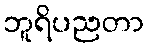
ဘူရိပညတာ